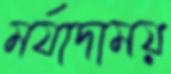
মর্যাদাময়